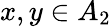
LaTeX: x,y\in A_{2}